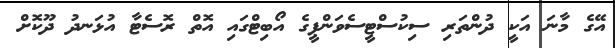
އޭގެ މާނަ އަކީ ދުންތަރި ސިކުސްޓީސެވަންޕީގެ އޯބިޓްގައި އޮތް ރޮސެޓާ އުޅަނދު ދޫކޮށް